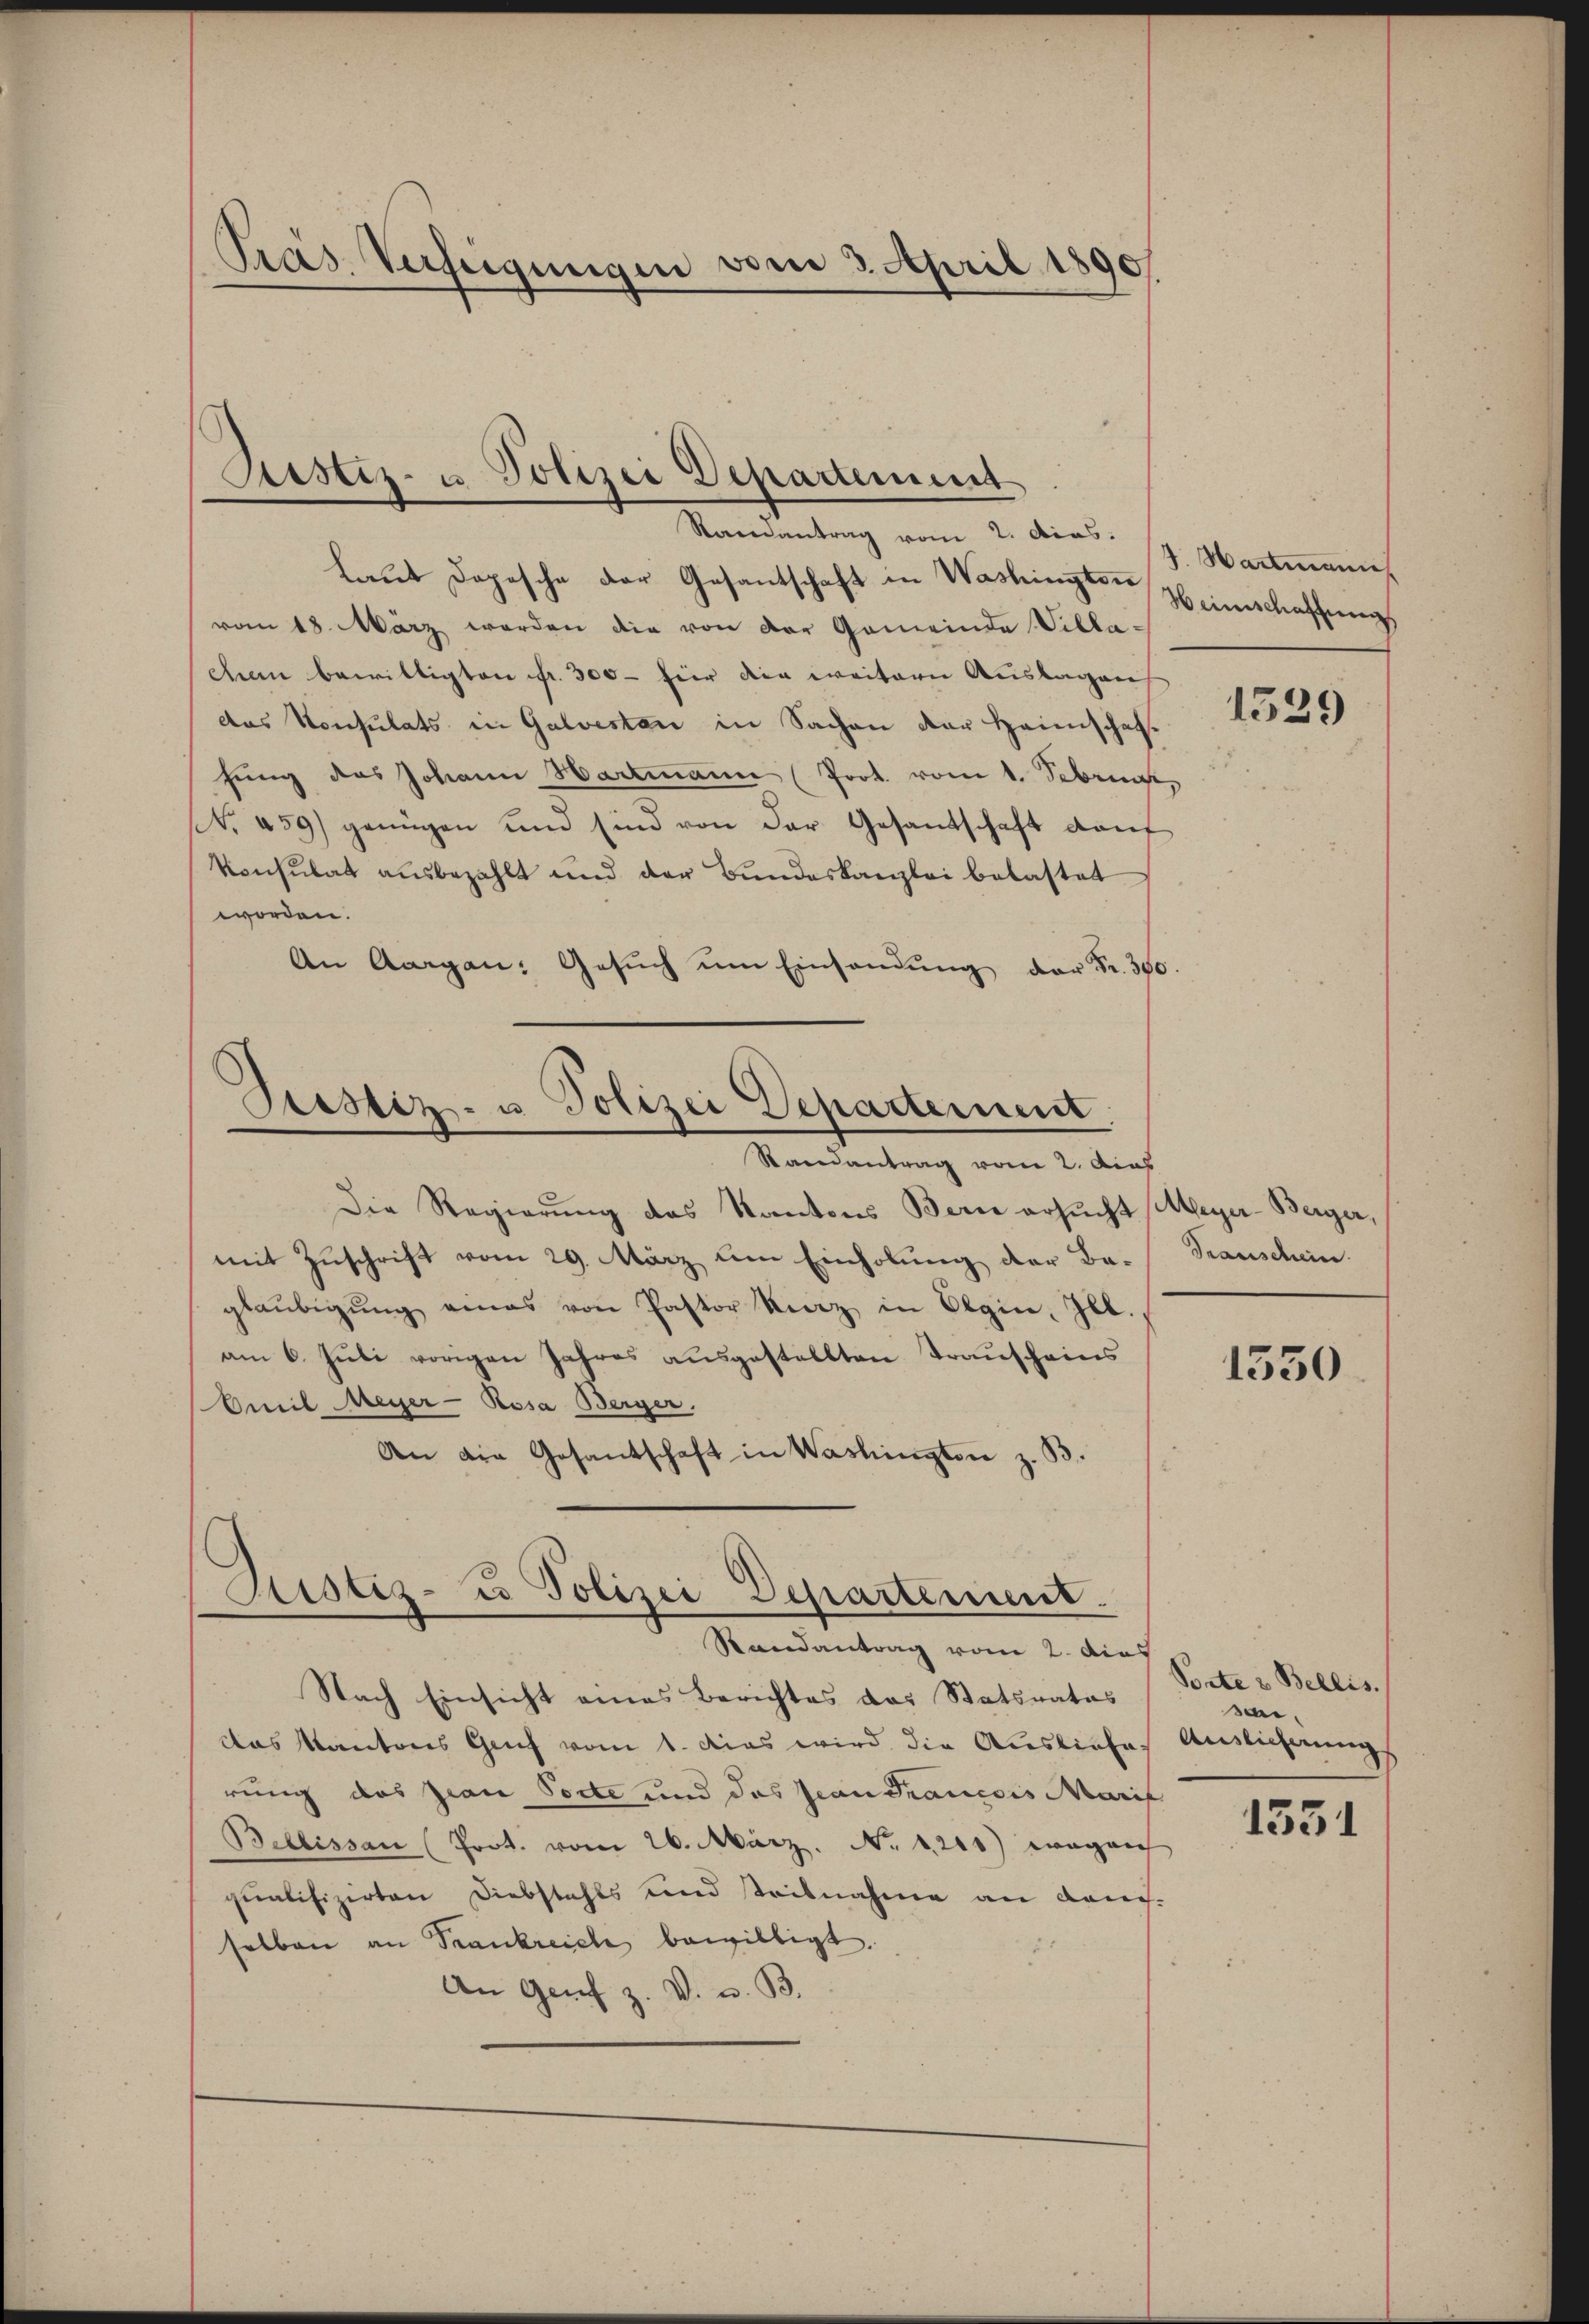
Präs. Verfügungen vom 3. April 1890

Ristiz- u. Polizei Departement

Samantrag vom 2. das.
laŭt Dopische der Gesantschaft in Washingter Heimschaffung
vom 18. März werden die von der Gemeinde Villa-
chen bewilligten fr. 300 - für die weitern Auslagen
das Konsulats in Galvesten in Sachen der Heimschaft
fung des Johann Hartmann (Prot. vom 1. Febru
NNo. 459) genügen und sind von der Gesandschaft daf
Konsulat ausbezahlt und der Bŭndeskanzlei belastet
worden.
An Aargau: Gesŭch ŭm Einsandŭng der Fr. 390.

Justiz- u. Polizei Departement.
Randantrag vom 2. Aca

Die Regierung des Kantons Bern ersucht Meyer-Berger,
mit Zuschrift vom 29. März um Einholung der Beglaŭbigŭng eines von Pastor Kunz in Olgin, Ill.
am 6. Juli vorigen Jahres ausgestellten Trauscheins
Emil Meyer-Rosa Berger.
An die Gesantschaft in Washingten z. B.

Zustiz- u. Polizei Departement.
Randantrag vom 2. dies

Nach Einsicht eines Berichtes das Statsrates
Das Kantons Graf vom 1. Das wird die Ausliefes Auslicherungs
rung das zian Torte und das Jean Francois Marif
Bellissan (Prot. vom 26. März. No. 1211) wegen
qualifizirten Diebstahls und teilnahme an danch-
selben an Trankreiche bewilligt.
An Genf z. V. u. B.

S. Hartmann

1529

Transchein.

1330

Porte & Bellis.
san,

1331